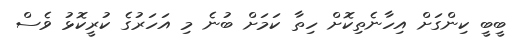
ބީބީ ކިންގަށް އިހާނެތިކޮށް ހިތާ ކަމަށް ބުނެ މި އަހަރުގެ ކުރީކޮޅު ވެސް